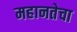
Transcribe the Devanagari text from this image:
महानतेचा